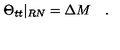
\Theta _ { t t } \vert _ { R N } = \Delta M \quad .